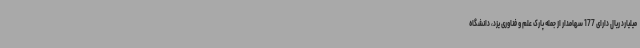
میلیارد ریال دارای 177 سهامدار از جمله پارک علم و فناوری یزد، دانشگاه